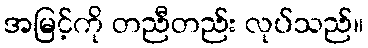
အမြင့်ကို တညီတည်း လုပ်သည်။